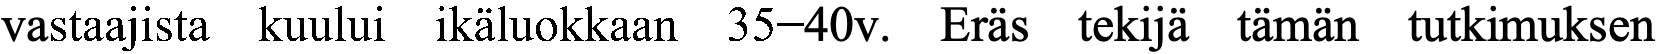
vastaajista kuului ikäluokkaan 35−40v. Eräs tekijä tämän tutkimuksen